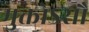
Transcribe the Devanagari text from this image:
मुक्तोऽसौ